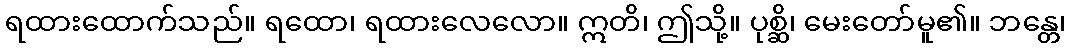
ရထားထောက်သည်။ ရထော၊ ရထားလေလော။ ဣတိ၊ ဤသို့။ ပုစ္ဆိ၊ မေးတော်မူ၏။ ဘန္တေ၊